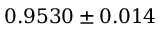
0 . 9 5 3 0 \pm 0 . 0 1 4